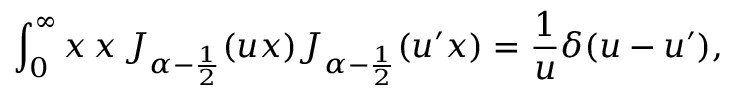
\int _ { 0 } ^ { \infty } \d x \, x \, J _ { \alpha - \frac 1 2 } ( u x ) J _ { \alpha - \frac 1 2 } ( u ^ { \prime } x ) = \frac 1 u \delta ( u - u ^ { \prime } ) ,